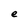
Character: e